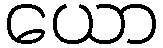
ယော